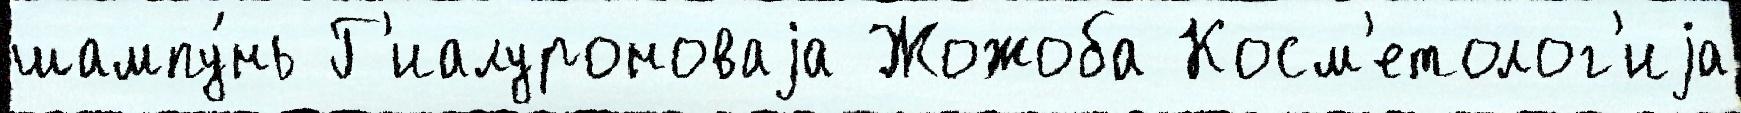
шампу́нь Г'иалуроноваjа Жожоба Косм'етолог'иjа